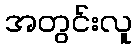
အတွင်းလူ